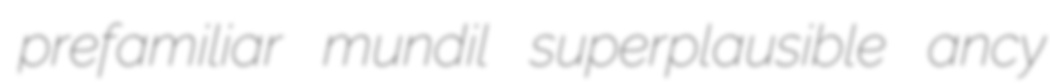
prefamiliar mundil superplausible ancy